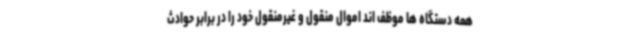
همه دستگاه ها موظف اند اموال منقول و غیرمنقول خود را در برابر حوادث